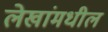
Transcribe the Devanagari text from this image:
लेखांमधील